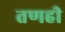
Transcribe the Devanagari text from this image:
तणही